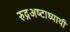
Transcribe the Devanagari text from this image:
रुद्रअष्‍टाध्‍यायी